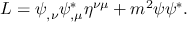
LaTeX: L = \psi _ { , \nu } \psi _ { , \mu } ^ { * } \eta ^ { \nu \mu } + m ^ { 2 } \psi \psi ^ { * } .